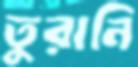
তুরানি